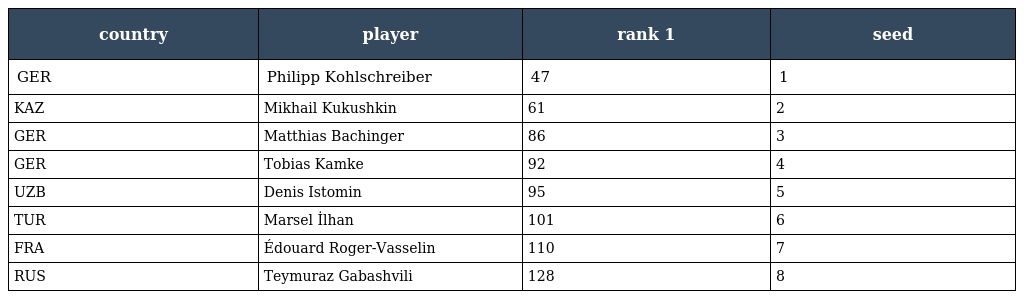
| country | player | rank 1 | seed |
 | --- | --- | --- | --- |
 | GER | Philipp Kohlschreiber | 47 | 1 |
 | KAZ | Mikhail Kukushkin | 61 | 2 |
 | GER | Matthias Bachinger | 86 | 3 |
 | GER | Tobias Kamke | 92 | 4 |
 | UZB | Denis Istomin | 95 | 5 |
 | TUR | Marsel İlhan | 101 | 6 |
 | FRA | Édouard Roger-Vasselin | 110 | 7 |
 | RUS | Teymuraz Gabashvili | 128 | 8 |